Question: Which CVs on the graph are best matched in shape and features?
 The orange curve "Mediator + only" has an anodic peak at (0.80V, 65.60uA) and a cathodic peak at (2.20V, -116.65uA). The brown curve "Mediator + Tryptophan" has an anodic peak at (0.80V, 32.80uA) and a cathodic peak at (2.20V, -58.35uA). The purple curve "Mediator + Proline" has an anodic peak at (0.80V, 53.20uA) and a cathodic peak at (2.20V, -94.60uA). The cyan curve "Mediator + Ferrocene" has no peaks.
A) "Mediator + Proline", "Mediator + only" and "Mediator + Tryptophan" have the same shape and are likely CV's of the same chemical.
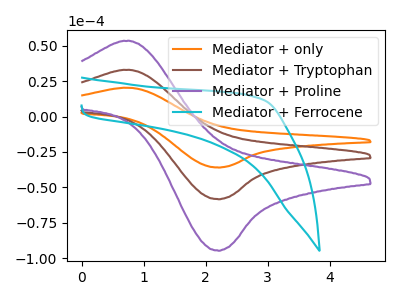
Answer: <think>All the peaks in "Mediator + only" have a peak in "Mediator + Tryptophan" at the same potential. Every peak in "Mediator + only" is higher than every peak in "Mediator + Tryptophan". All the peaks in "Mediator + only" have a peak in "Mediator + Proline" at the same potential. Every peak in "Mediator + only" is higher than every peak in "Mediator + Proline". "Mediator + only" and "Mediator + Ferrocene" have a different number of peaks. All the peaks in "Mediator + Tryptophan" have a peak in "Mediator + Proline" at the same potential. Every peak in "Mediator + Tryptophan" is lower than every peak in "Mediator + Proline". "Mediator + Tryptophan" and "Mediator + Ferrocene" have a different number of peaks. "Mediator + Proline" and "Mediator + Ferrocene" have a different number of peaks.
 </think>
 <answer>A) "Mediator + Proline", "Mediator + only" and "Mediator + Tryptophan" have the same shape and are likely CV's of the same chemical.</answer>
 <eval>A</eval>